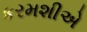
કરમશીએ